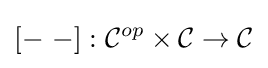
\left[-\ -\right]:{\mathcal {C}}^{op}\times {\mathcal {C}}\to {\mathcal {C}}